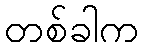
တစ်ခါက